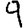
Digit: 9